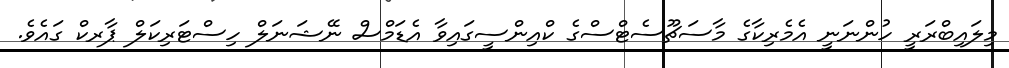
މިލައިބްރަރީ ހުންނަނީ އެމެރިކާގެ މާސަޗޫސެޓްސްގެ ކްއިންސީގައިވާ އެޑަމްސް ނޭޝަނަލް ހިސްޓަރިކަލް ޕާރކް ގައެވެ.